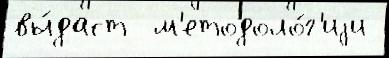
вы́даст  м'етодоло́г'иjи